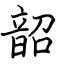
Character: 韶